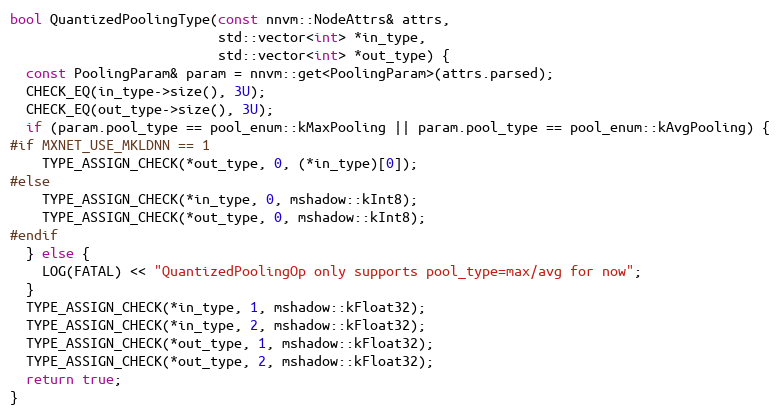
Language: C++
bool QuantizedPoolingType(const nnvm::NodeAttrs& attrs,
                          std::vector<int> *in_type,
                          std::vector<int> *out_type) {
  const PoolingParam& param = nnvm::get<PoolingParam>(attrs.parsed);
  CHECK_EQ(in_type->size(), 3U);
  CHECK_EQ(out_type->size(), 3U);
  if (param.pool_type == pool_enum::kMaxPooling || param.pool_type == pool_enum::kAvgPooling) {
#if MXNET_USE_MKLDNN == 1
    TYPE_ASSIGN_CHECK(*out_type, 0, (*in_type)[0]);
#else
    TYPE_ASSIGN_CHECK(*in_type, 0, mshadow::kInt8);
    TYPE_ASSIGN_CHECK(*out_type, 0, mshadow::kInt8);
#endif
  } else {
    LOG(FATAL) << "QuantizedPoolingOp only supports pool_type=max/avg for now";
  }
  TYPE_ASSIGN_CHECK(*in_type, 1, mshadow::kFloat32);
  TYPE_ASSIGN_CHECK(*in_type, 2, mshadow::kFloat32);
  TYPE_ASSIGN_CHECK(*out_type, 1, mshadow::kFloat32);
  TYPE_ASSIGN_CHECK(*out_type, 2, mshadow::kFloat32);
  return true;
}